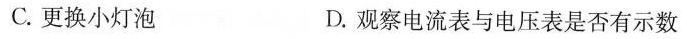
C.更换小灯泡 D.观察电流表与电压表是否有示数